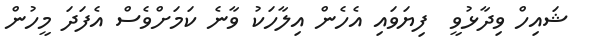
ޝައިހް ވިދާޅުވީ  ފިޔަވައި އެހެން އިލާހަކު ވާނެ ކަމަށްވެސް އެފަދަ މީހުން